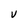
Character: V